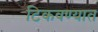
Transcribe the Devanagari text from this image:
टिकवण्यात